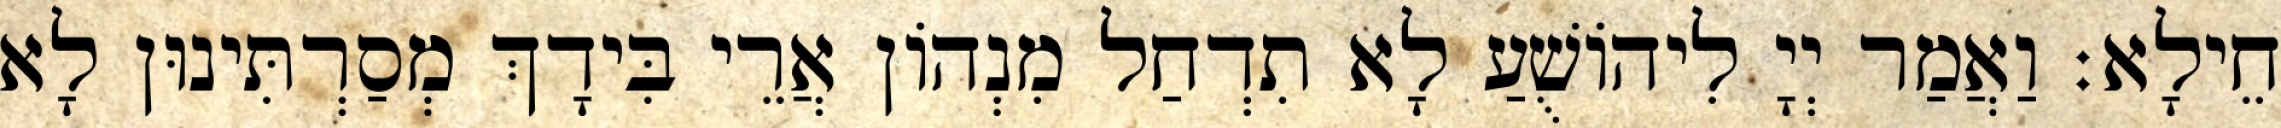
חֵילָא׃ וַאֲמַר יְיָ לִיהוֹשֻׁעַ לָא תִדְחַל מִנְהוֹן אֲרֵי בִּידָךְ מְסַרְתִּינוּן לָא